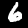
Digit: 6